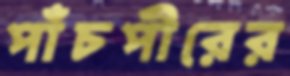
পাঁচপীরের